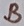
Text: B